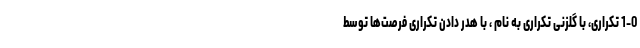
1-0 تکراری، با گلزنی تکراری به نام ، با هدر دادن تکراری فرصت‌ها توسط